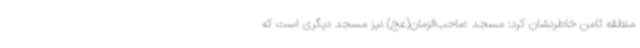
منطقه ثامن خاطرنشان کرد: مسجد صاحب‌الزمان(عج) نیز مسجد دیگری است که